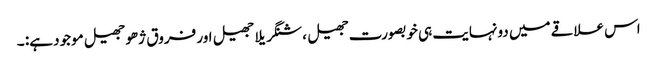
اس علاقے میں دونہایت ہی خوبصورت جھیل ، شنگریلا جھیل اور فروق ژھو جھیل موجود ہے: ۔